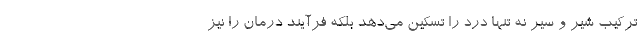
ترکیب شیر و سیر نه تنها درد را تسکین می‌دهد بلکه فرآیند درمان را نیز